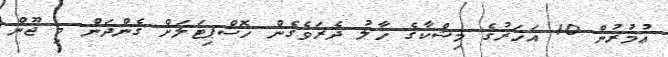
ޢުމުރުން 10 އަހަރުގެ މިޝްކާގެ ހާލު ދެރަވެގެން ހޮސްޕިޓަލަށް ގެންދަން މި ޖޫން